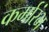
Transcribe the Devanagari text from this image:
कर्मारंभ